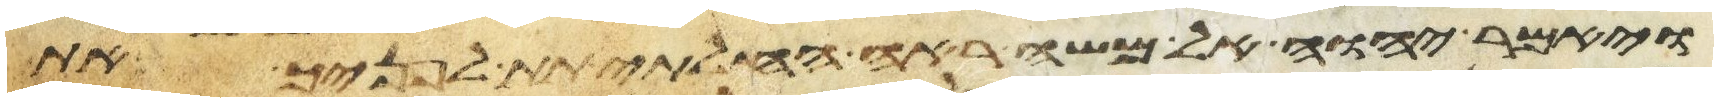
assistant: ויאמר יהוה אל משה ראה החלתי תת לפניך את